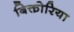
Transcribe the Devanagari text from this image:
बिक्तोरिया